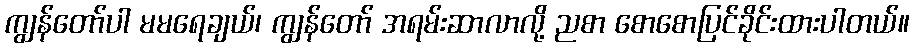
ကျွန်တော်ပါ မမရေချယ်၊ ကျွန်တော် အရမ်းဆာလာလို့ ညစာ စောစောပြင်ခိုင်းထားပါတယ်။